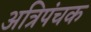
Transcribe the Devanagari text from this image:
अत्रिपंचक